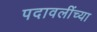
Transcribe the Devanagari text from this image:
पदावलींच्या